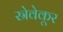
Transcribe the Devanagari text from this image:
स्रेवेकूर